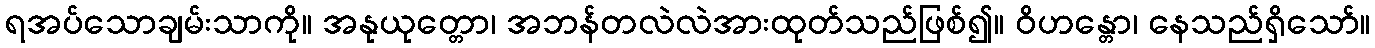
ရအပ်သောချမ်းသာကို။ အနုယုတ္တော၊ အဘန်တလဲလဲအားထုတ်သည်ဖြစ်၍။ ဝိဟန္တော၊ နေသည်ရှိသော်။